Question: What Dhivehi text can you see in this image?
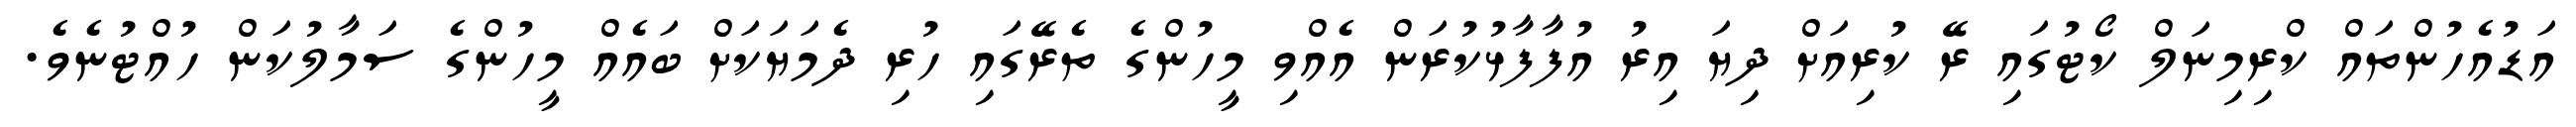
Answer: އަޑުއެހުންތައް ކްރިމިނަލް ކޯޓުގައި ރޭ ކުރިއަށް ދިޔަ އިރު އުފާފާޅުކުރަން އެއްވި މީހުންގެ ތެރޭގައި ހުރި ދެމަޔަކަށް ބައެއް މީހުންގެ ސަމާލުކަން ހުއްޓުނެވެ.